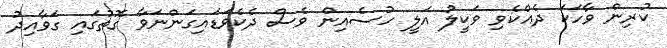
ކުރިން ވާހަކަ ދެއްކެވި ވަކީލު އަލީ ހުސެއިން ވެސް ދެކެވަޑައިގަންނަވާ ގޮތުގައި ގަވާއިދު